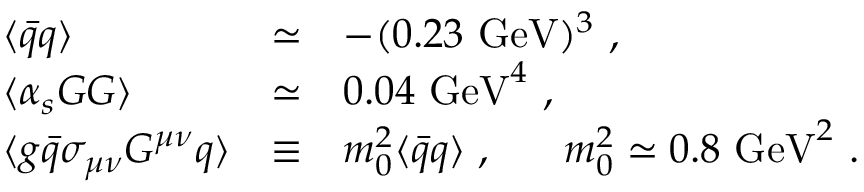
\begin{array} { l l l } { { \langle \bar { q } q \rangle } } & { { \simeq } } & { { - ( 0 . 2 3 ~ \mathrm { G e V } ) ^ { 3 } ~ , } } \\ { { \langle \alpha _ { s } G G \rangle } } & { { \simeq } } & { { 0 . 0 4 ~ \mathrm { G e V } ^ { 4 } ~ , } } \\ { { \langle g \bar { q } \sigma _ { \mu \nu } G ^ { \mu \nu } q \rangle } } & { { \equiv } } & { { m _ { 0 } ^ { 2 } \langle \bar { q } q \rangle ~ , ~ ~ ~ ~ ~ m _ { 0 } ^ { 2 } \simeq 0 . 8 ~ \mathrm { G e V } ^ { 2 } ~ . } } \end{array}